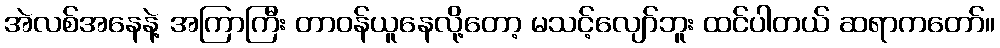
အဲလစ်အနေနဲ့ အကြာကြီး တာဝန်ယူနေလို့တော့ မသင့်လျော်ဘူး ထင်ပါတယ် ဆရာကတော်။